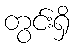
တွင်းရှိ